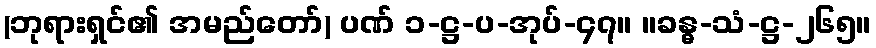
(ဘုရားရှင်၏ အမည်တော်) ပဏ် ၁-ဋ္ဌ-ပ-အုပ်-၄၇။ ။ခန္ဓ-သံ-ဋ္ဌ-၂၆၅။